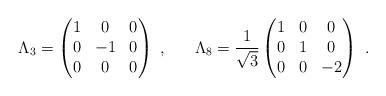
LaTeX: \begin{align*}\Lambda_3 =\begin{pmatrix}1 & 0 & 0 \cr0 & -1 & 0\cr0 & 0 & 0\end{pmatrix}~, ~~~~~ \Lambda_8 = \frac {1}{\sqrt 3}\begin{pmatrix}1 & 0 & 0 \cr0 & 1 & 0\cr0 & 0 & -2\end{pmatrix}~.\end{align*}